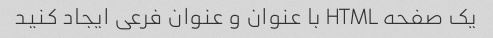
یک صفحه HTML با عنوان و عنوان فرعی ایجاد کنید